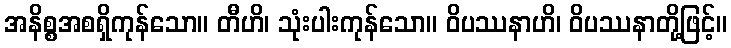
အနိစ္စအစရှိကုန်သော။ တီဟိ၊ သုံးပါးကုန်သော။ ဝိပဿနာဟိ၊ ဝိပဿနာတို့ဖြင့်။